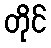
တိုင်